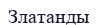
Златанды